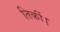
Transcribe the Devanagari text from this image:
तिर्की।